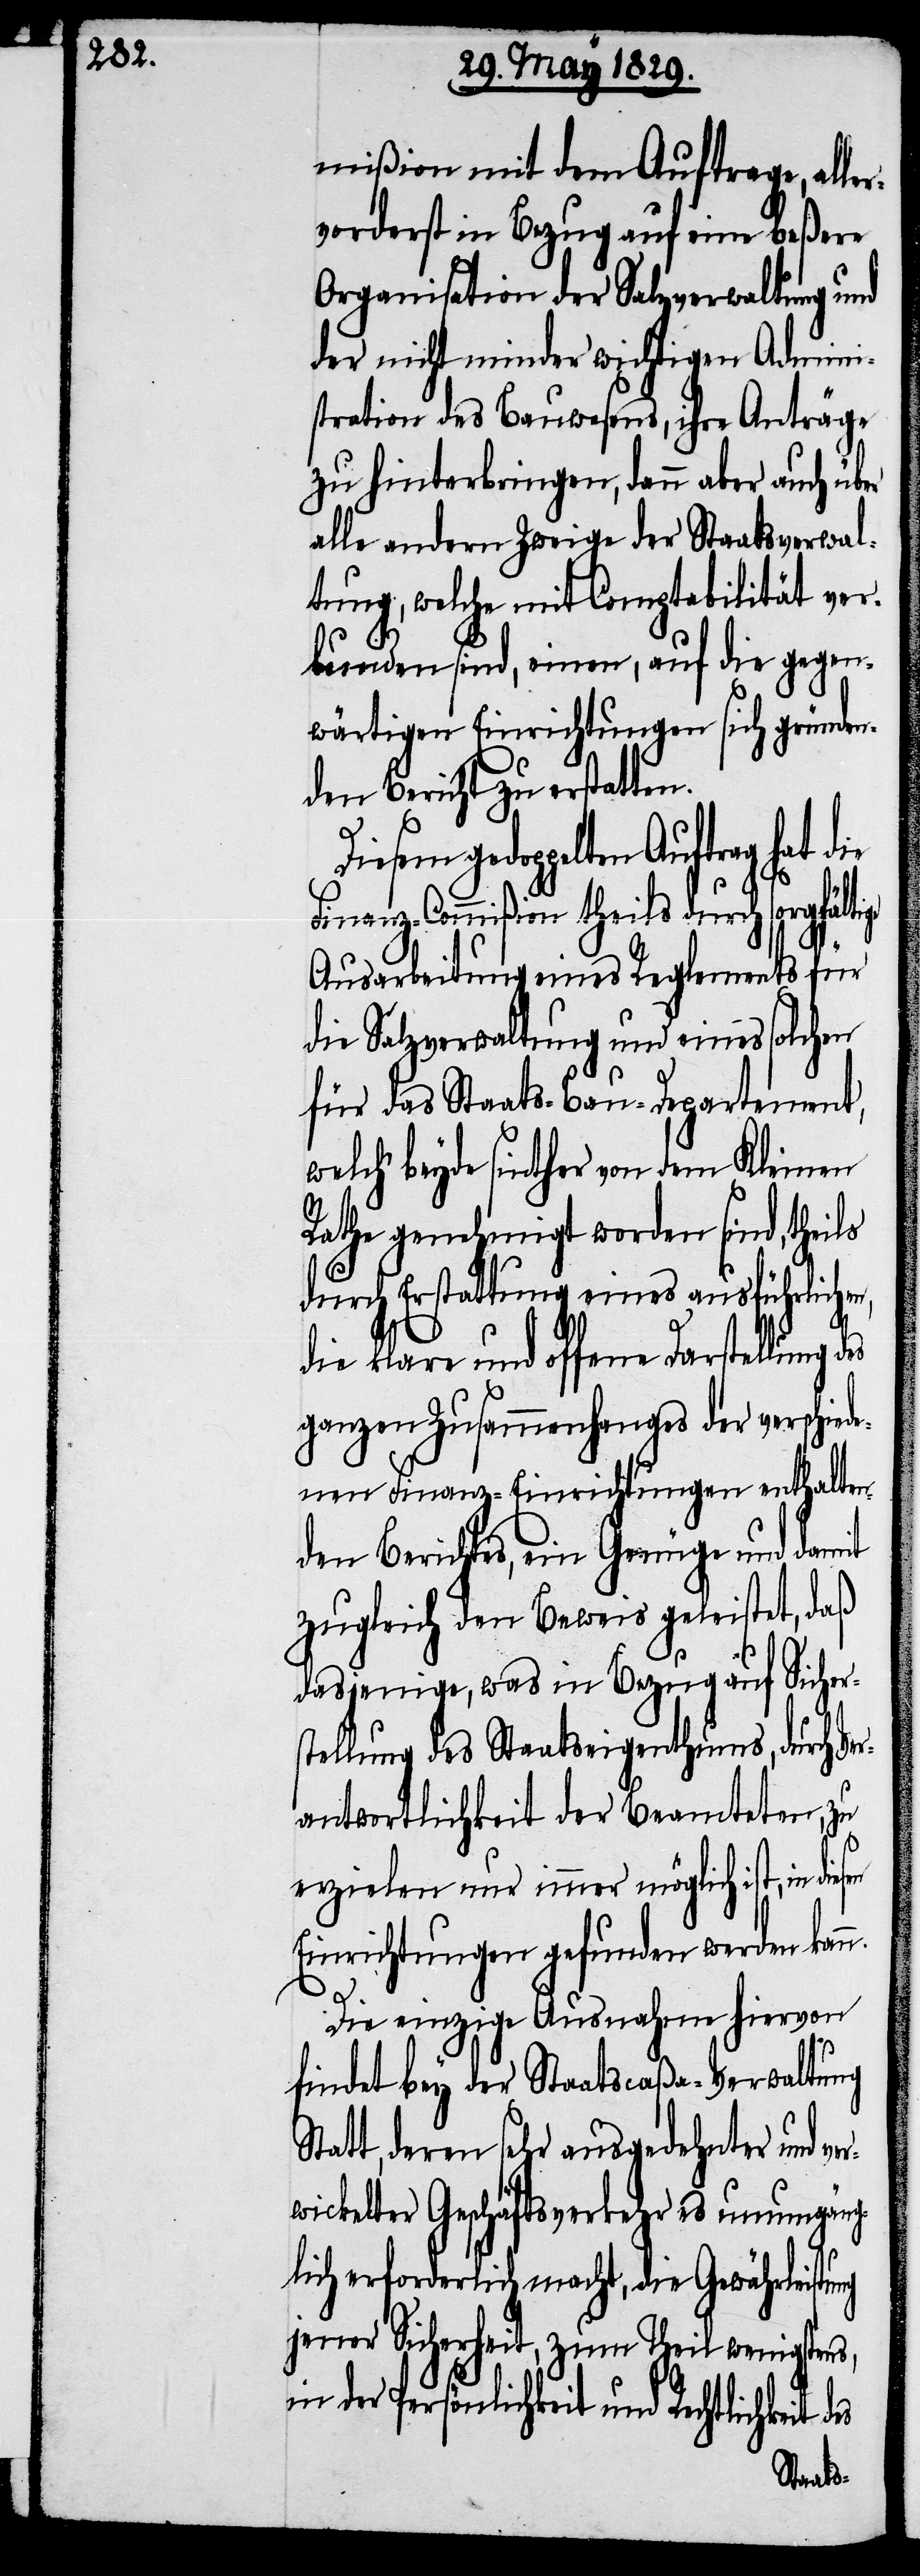
mißion mit dem Auftrage, alle¬
rvorderst in Bezug auf eine beßere
Organisation der Salzverwaltung und
der nicht minder wichtigen Admini¬
stration des Bauwesens, ihre Anträge
zu hinterbringen, dann aber auch über
alle andern Zweige der Staatsverwal¬
tung, welche mit Comptabilität ver¬
bunden sind, einen, auf die gegen¬
wärtigen Einrichtungen sich gründen¬
den Bericht zu erstatten.
gedoppelten Auftrag hat die
Finanz-Commißion theils durch sorgfält¬
Ausarbeitung eines Reglements für
die Salzverwaltung und eines solchen
für das Staats-Bau-Departement,
welch‘ beyde sinther von dem Kleinen
Rathe genehmigt worden sind, theils
durch Erstattung eines ausführlichen,
die klare und offene Darstellung
ganzen Zusammenhanges der verschied¬
enen Finanz-Einrichtungen enthalten¬
den Berichtes, ein Genüge und damit
zugleich den Beweis geleistet, daß
dasjenige, was in Bezug auf Sicher¬
stellung des Staatseigenthums, durch Ve¬
rantwortlichkeit der Beamteten, zu
ige
erzielen nur immer möglich ist, in
Einrichtungen gefunden werden kann.
Die einzige Ausnahme hiervon
findet bey der Staatscaßa-Verwaltung
t, deren sehr ausgedehnter und ve¬
rwickelter Geschäftsverkehr es unumgäng¬
lich erforderlich macht, die Gewährleistung
jener Sicherheit, zum Theil wenigstens,
in der Persönlichkeit und Rechtlichkeit
Stat¬